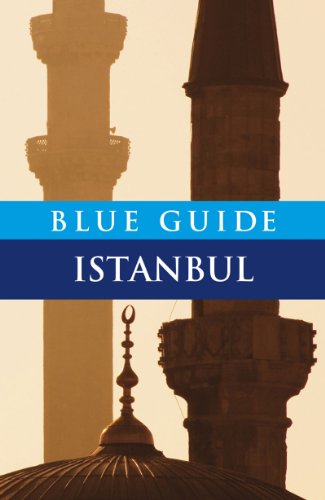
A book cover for Blue Guide Istanbul (Sixth Edition)  (Blue Guides); John Freely; Travel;